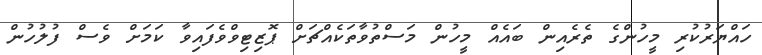
ހައްޔަރުކުރި މީހުންގެ ތެރެއިން ބައެއް މީހުން މަސްތުވާތަކެއްޗަށް ޕޮޒިޓިވްވެފައިވާ ކަމަށް ވެސް ފުލުހުން